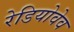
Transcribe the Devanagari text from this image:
रेडियोवेव